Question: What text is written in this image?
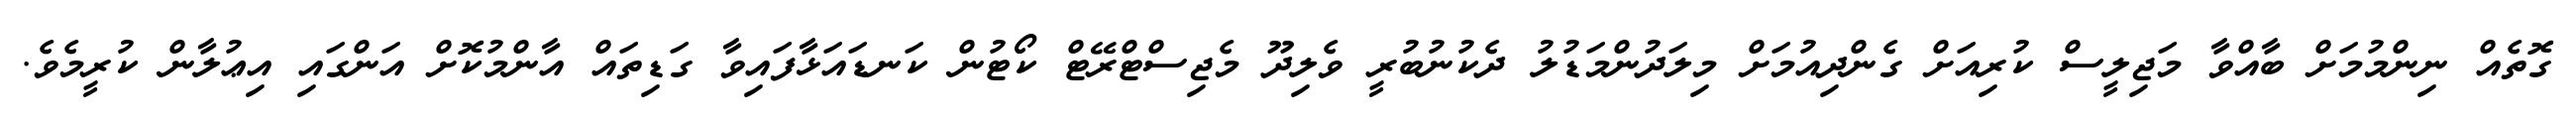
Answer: ގޮތެއް ނިންމުމަށް ބާއްވާ މަޖިލީސް ކުރިއަށް ގެންދިއުމަށް މިލަދުންމަޑުލު ދެކުނުބުރީ ވެލިދޫ މެޖިސްޓްރޭޓް ކޯޓުން ކަނޑައަޅާފައިވާ ގަޑިތައް އާންމުކޮށް އަންގައި އިޢުލާން ކުރީމެވެ.